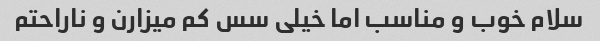
سلام خوب و مناسب اما خیلی سس کم میزارن و ناراحتم